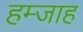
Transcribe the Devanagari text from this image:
हम्जाह